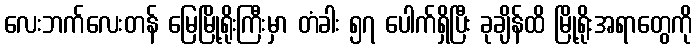
လေးဘက်လေးတန် မြေမြို့ရိုးကြီးမှာ တံခါး ၅၇ ပေါက်ရှိပြီး ခုချိန်ထိ မြို့ရိုးအရာတွေကို